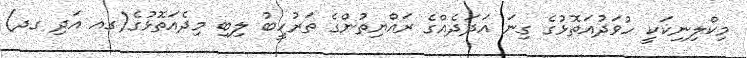
މިކްލިނިކަކީ ހުވަދުއަތޮޅުގެ ގިނަ އަދަދެއްގެ ރައްޔިތުންގެ ތަރުހީބު ލިބި މިދެއަތޮޅުގެ(ގއ އަދި ގދ)